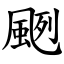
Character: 颲